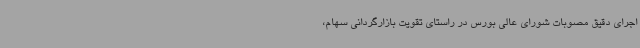
اجرای دقیق مصوبات شورای عالی بورس در راستای تقویت بازارگردانی سهام،